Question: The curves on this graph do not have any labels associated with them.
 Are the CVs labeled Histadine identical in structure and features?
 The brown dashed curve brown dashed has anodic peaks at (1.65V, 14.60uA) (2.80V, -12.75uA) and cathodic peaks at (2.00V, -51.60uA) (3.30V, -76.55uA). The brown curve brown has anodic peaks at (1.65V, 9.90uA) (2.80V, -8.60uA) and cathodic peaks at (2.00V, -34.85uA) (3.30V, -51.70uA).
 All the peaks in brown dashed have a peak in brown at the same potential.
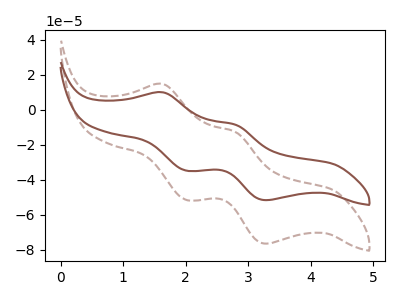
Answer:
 <answer>All the CV's of "Histadine" have similar shape.</answer>
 <eval>follow_rule</eval>